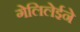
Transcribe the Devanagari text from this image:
गेलिलेईने